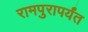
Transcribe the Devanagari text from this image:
रामपुरापर्यंत